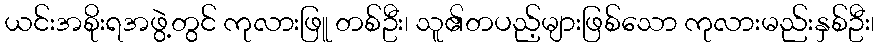
ယင်းအစိုးရအဖွဲ့တွင် ကုလားဖြူ တစ်ဦး၊ သူ၏တပည့်များဖြစ်သော ကုလားမည်းနှစ်ဦး၊